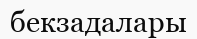
бекзадалары